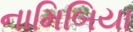
નામિબિયા